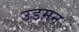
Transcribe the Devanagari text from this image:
उडमन